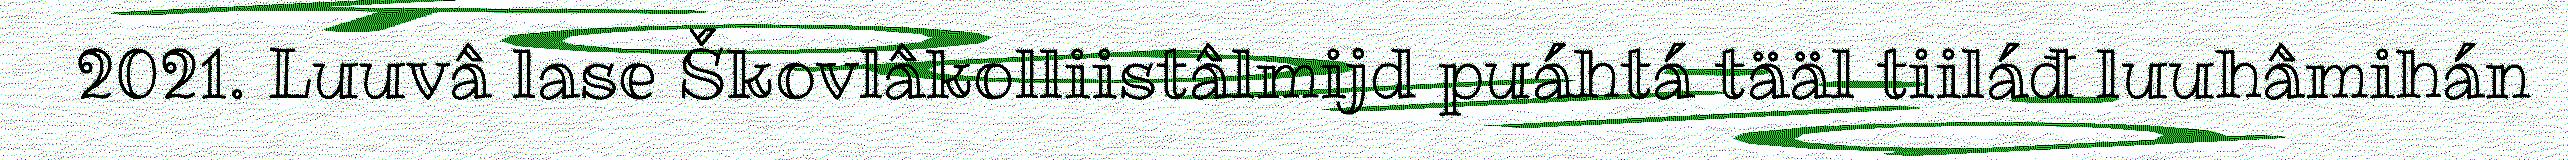
2021. Luuvâ lase Škovlâkolliistâlmijd puáhtá tääl tiiláđ luuhâmihán